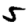
Digit: 5